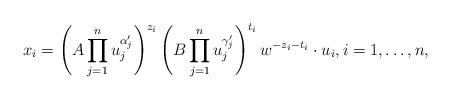
LaTeX: \begin{align*}x_i = \left(A \prod_{j=1}^n u_j^{\alpha'_j}\right)^{z_i} \left(B \prod_{j=1}^n u_j^{\gamma'_j}\right)^{t_i} w^{-z_i-t_i} \cdot u_i, i=1,\dots, n, \end{align*}